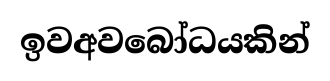
ඉවඅවබෝධයකින්